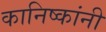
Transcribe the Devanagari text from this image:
कानिष्कांनी